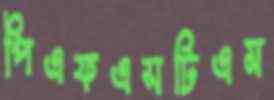
পিএফএসটিএম